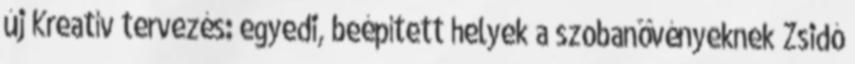
új Kreatív tervezés: egyedi, beépített helyek a szobanövényeknek Zsidó